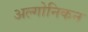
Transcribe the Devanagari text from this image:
अल्गोनिकन